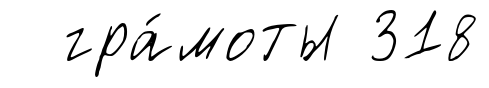
гра́моты 318